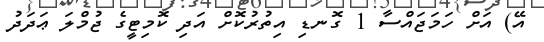
އޭ) އަށް ހަމަޖައްސާ 1 ގޮނޑި އިތުރުކޮށް އަދި ކޮމިޓީގެ ޖުމްލަ ޢަދަދު